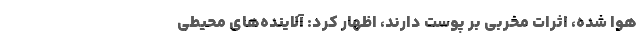
هوا شده، اثرات مخربی بر پوست دارند، اظهار کرد: آلاینده‌های محیطی